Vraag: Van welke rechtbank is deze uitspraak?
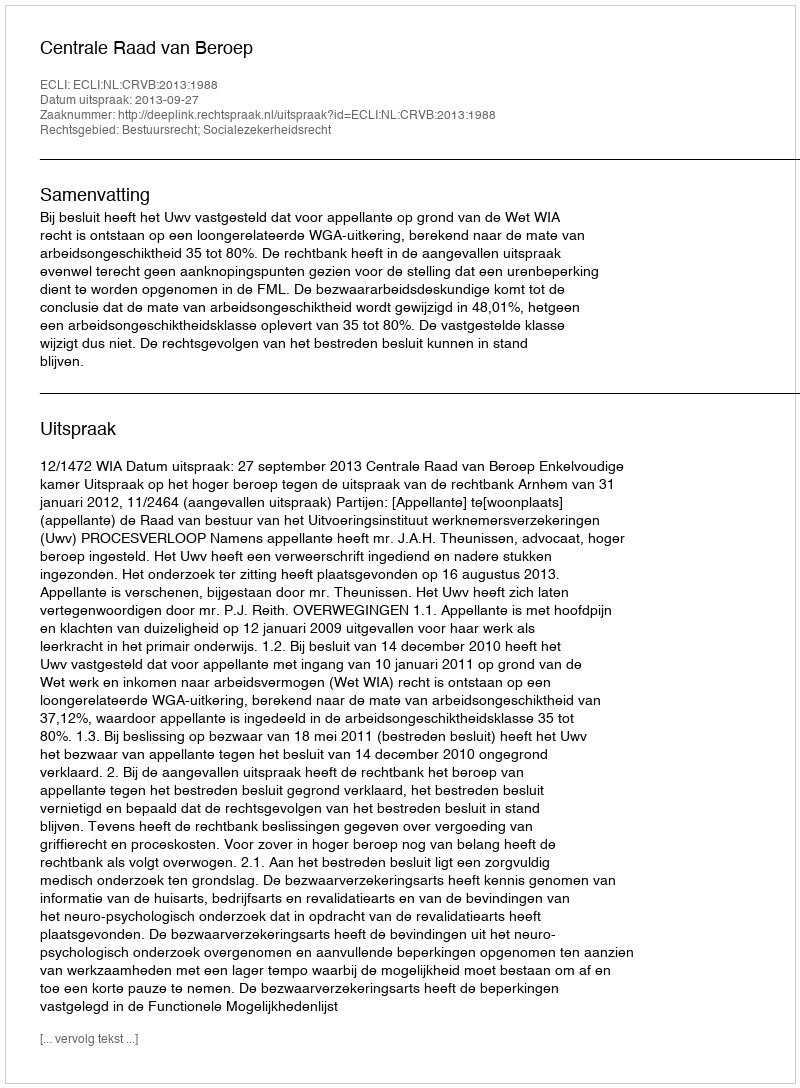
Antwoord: Centrale Raad van Beroep